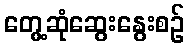
တွေ့ဆုံဆွေးနွေးစဉ်